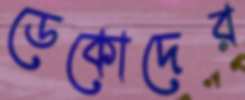
ডেকোদের